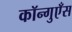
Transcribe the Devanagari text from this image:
कॉन्गुएँस